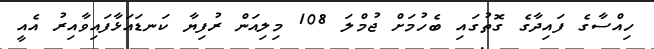
ހިއްސާގެ ފައިދާގެ ގޮތުގައި ބެހުމަށް ޖުމްލަ 108 މިލިއަން ރުފިޔާ ކަނޑައަޅާފައިވާއިރު އެއީ